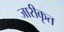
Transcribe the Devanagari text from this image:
जारीकृत